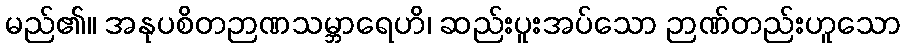
မည်၏။ အနုပစိတဉာဏသမ္ဘာရေဟိ၊ ဆည်းပူးအပ်သော ဉာဏ်တည်းဟူသော